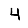
Digit: 4